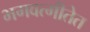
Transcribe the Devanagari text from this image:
भगवत्गीतेत